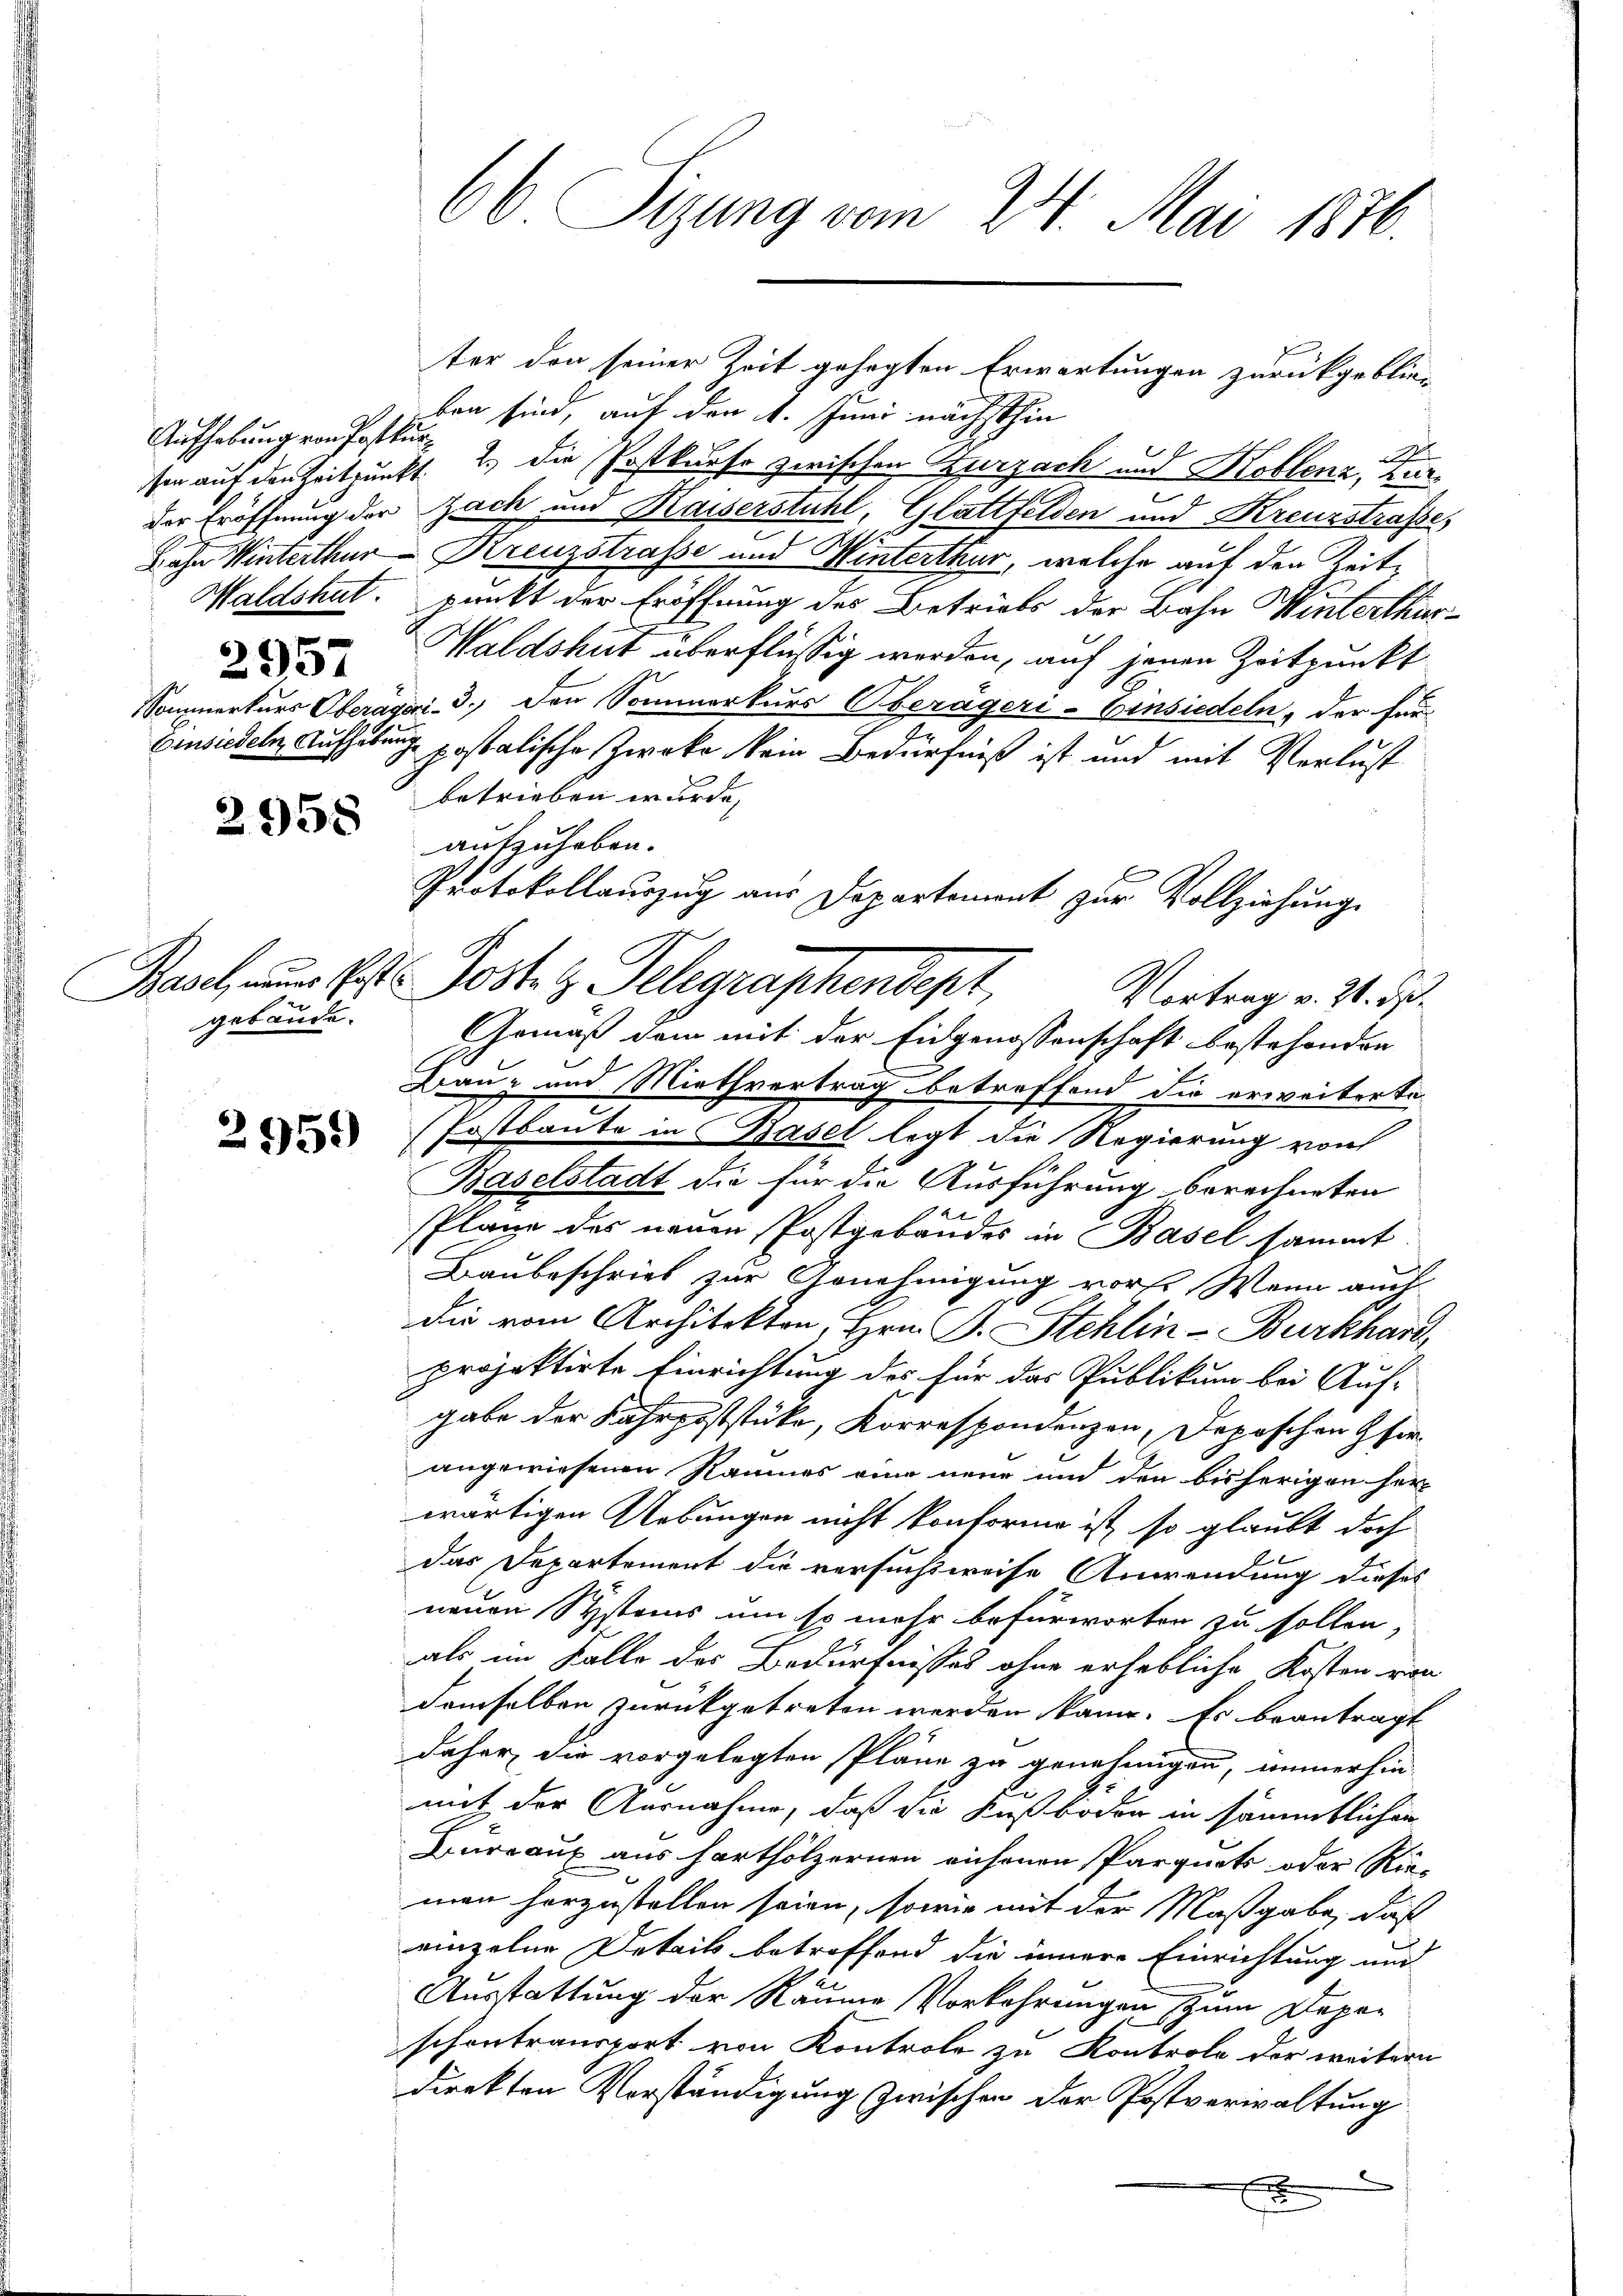
Aufhebung von Pottur
.
2957

2958

1
gebäude.

2951)

66 Sizung vom 24. Mai 1876.

ben sind, auf den 4. Juni nächsthin
A
sen auf der Zeitpunkt u. die Postkurse zwischen Zurzach und Koblenz, Zur
s
der Eröffnung der Zach und Kaiserstuhl, Glattfelden und Kreuzstrasses
2
Bahn Winterthur Kreuzstrasse und Hinterthur, welche auf den Zeite
Waldshut. punkt der Eröffnung des Betriebs der Bahn Winterthur¬
Waldshut überflüssig werden, auf jenen Zeitpunkt
Sommerkurs Oberägeri - 3.) Den Sommerkurs Oberägeri - Einsiedeln, der für-
Einsiedeln, Aufhebung postatische Zwecke kein Bedürfniß ist und mit Verlust
betrieben wurde,
aufzuheben.
Basel, nur bist. Posten Telegraphendept,
Gemäß dem mit der Eidgenossenschaft bestehenden
Bau- und Miethvertrag betreffend die erweiterte
(Postbaute in Basel legt die Regierung von
Baselstadt die für die Ausführung berechneten
2 x
Plane des neuen Postgebäudes in Basel sammt.
Baubeschrieb zur Genehmigung vor. Wenn auch
die vom Architekten, Hrn. B. Stehlin-Burkhard
projektirte Einrichtung des für das Publikum bei Auf-
gabe der Fahrpoststücke, Korrespondenzen, Deposchen Her
angewiesenen Raumes eine neue und den bisherigen her
wärtigen Uebungen nicht konforme ist, so glaubt doch
das Departement die versuchsweise Anwendung dieses
neuen Systems um so mehr befürworten zu sollen,
als im Falle des Bedürfnisses ohne erhebliche Kosten von
demselben zurückgetreten werden kann. Es beantragt
daher die vorgelegten Pläne zu genehmigen, immerhin-
mit der Ausnahme, daß die Kußboden in sämmtlichen
Bureaux aus harthölzernen richenen Parquets oder Nie-
men herzustellen seien, sowie mit der Maßgabe, daß
einzelne Details betreffend die innere Einrichtung und
Ausstattung der Raume Vorkehrungen zum Depeschontransport von Kontrole zu Kontrole der weitern
direkten Verständigung zwischen der Postverwaltung
e
x

ter den seiner Zeit gehegten Erwartungen zurückgeblie-

Protokollauszug aus Departement zur Vollziehung
Vortrag v. 20. ds.